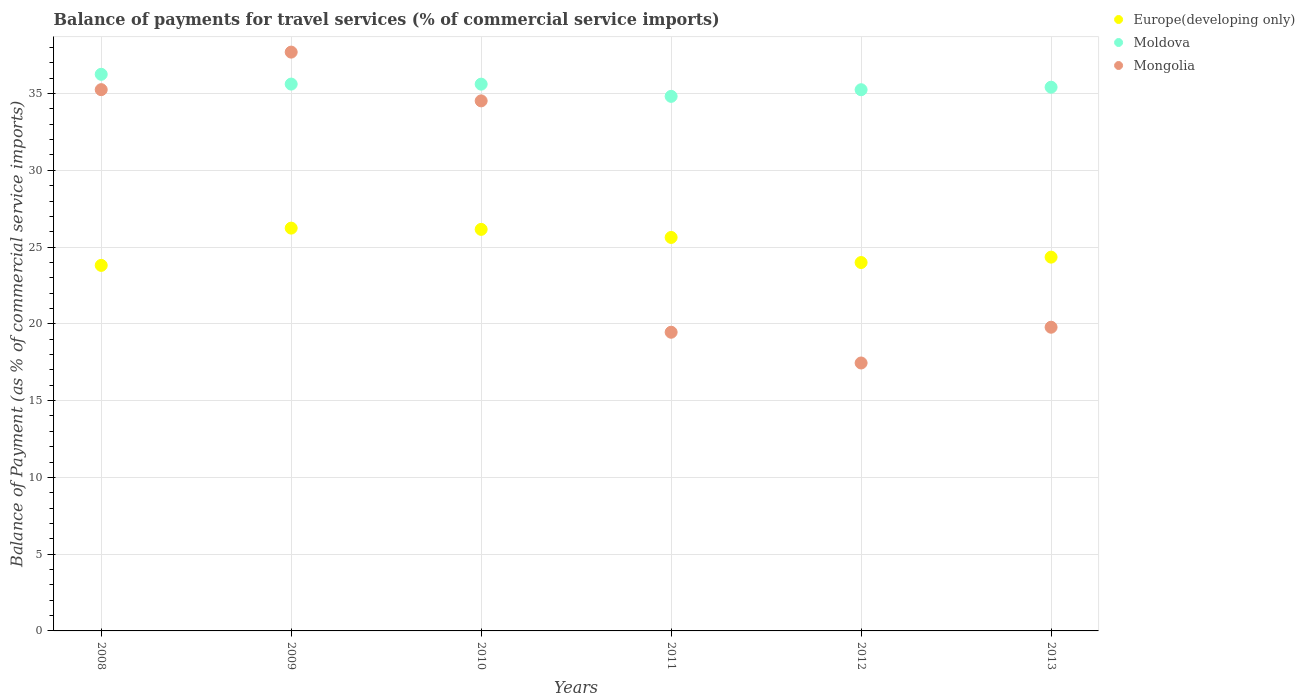
| Years | Europe(developing only) | Moldova | Mongolia |
 | --- | --- | --- | --- |
 | 2008 | 23.8 | 36.3 | 35.3 |
 | 2009 | 26.2 | 35.6 | 37.7 |
 | 2010 | 26.2 | 35.6 | 34.5 |
 | 2011 | 25.6 | 34.8 | 19.5 |
 | 2012 | 24 | 35.3 | 17.5 |
 | 2013 | 24.3 | 35.4 | 19.8 |